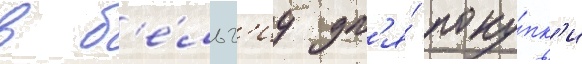
в б'е́льг'иу дл'я́ поку́пк'и